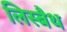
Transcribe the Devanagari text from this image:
लिस्बैथ